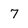
Character: 7